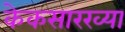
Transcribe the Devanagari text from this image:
केकसारख्या